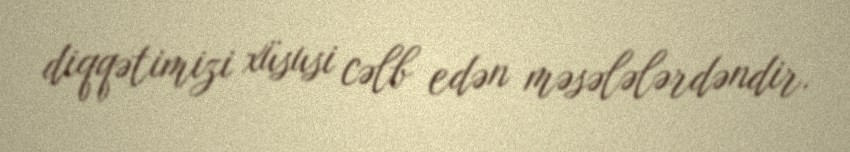
diqqətimizi xüsusi cəlb edən məsələlərdəndir.